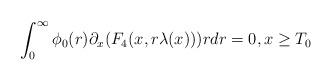
LaTeX: \begin{align*} \int_{0}^{\infty} \phi_{0}(r) \partial_{x}(F_{4}(x,r\lambda(x))) r dr =0, x \geq T_{0}\end{align*}